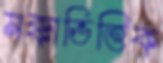
মক্কাভিত্তিক